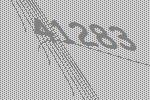
41283